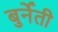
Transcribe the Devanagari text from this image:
बुर्नेती